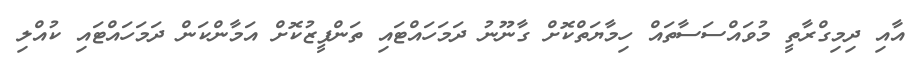
އާއި ދިމިގްރާތީ މުވައްސަަސާތައް ހިމާޔަތްކޮށް ގާނޫނު ދަމަހައްޓައި ތަންފީޒުކޮށް އަމާންކަން ދަމަހައްޓައި ކުއްލި